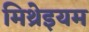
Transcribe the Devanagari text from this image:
मिथ्रेइयम